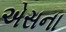
એસના